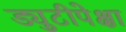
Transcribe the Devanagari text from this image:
ड्युटीपेक्षा